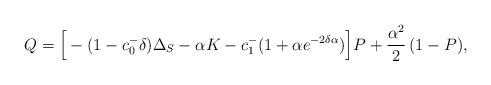
LaTeX: \begin{align*}Q=\Big[-(1-c_{0}^{-}\delta)\Delta_S -\alpha K -c_{1}^{-}(1+\alpha e^{-2\delta\alpha}) \Big] P + \dfrac{\alpha^2}{2}\, (1-P),\end{align*}